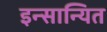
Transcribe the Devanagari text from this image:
इन्सान्यित